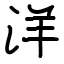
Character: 洋